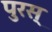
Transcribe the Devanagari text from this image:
पुरस्